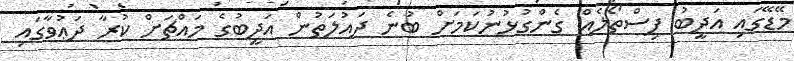
މޭޑޭގައި އަދީބު ފިސްތޯލެއް ގެންގުޅުނުކަމަށް ބުނެ ދައުލަތުން އަދީބުގެ މައްޗަށް ކުރާ ދަޢުވާގައި